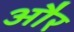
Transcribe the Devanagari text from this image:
और